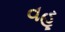
વહૂ